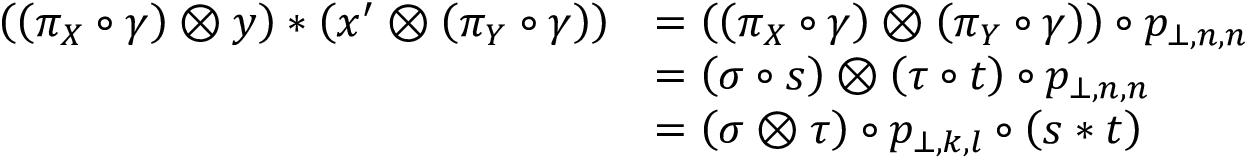
\begin{array} { r l } { \left( \left( \pi _ { X } \circ \gamma \right) \otimes y \right) \ast \left( x ^ { \prime } \otimes \left( \pi _ { Y } \circ \gamma \right) \right) } & { = \left( \left( \pi _ { X } \circ \gamma \right) \otimes \left( \pi _ { Y } \circ \gamma \right) \right) \circ p _ { \bot , n , n } } \\ & { = \left( \sigma \circ s \right) \otimes \left( \tau \circ t \right) \circ p _ { \bot , n , n } } \\ & { = \left( \sigma \otimes \tau \right) \circ p _ { \bot , k , l } \circ \left( s \ast t \right) } \end{array}